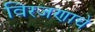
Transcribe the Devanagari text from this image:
विरजणाचे